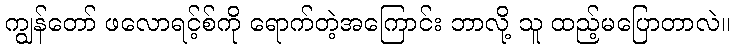
ကျွန်တော် ဖလောရင့်စ်ကို ရောက်တဲ့အကြောင်း ဘာလို့ သူ ထည့်မပြောတာလဲ။